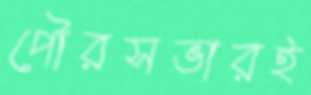
পৌরসভারই